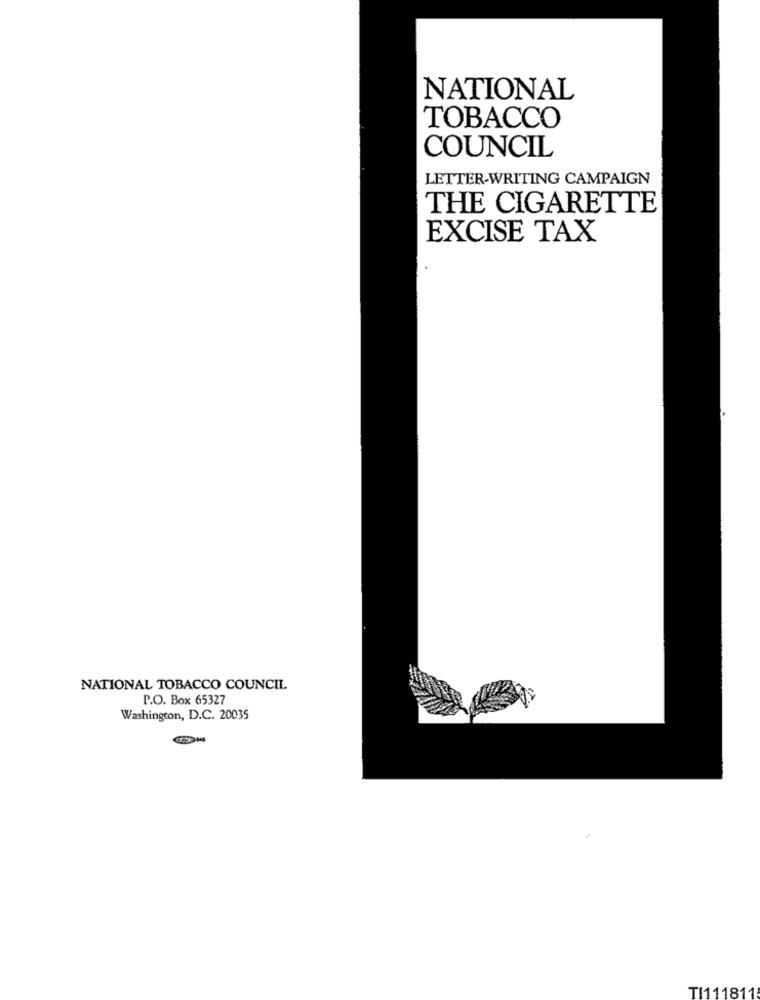
NATIONAL
TOBACCO
COUNCIL
LETTER-WRITING CAMPAIGN
THE CIGARETTE
EXCISE TAX
NATIONAL TOBACCO COUNCIL
P.O. Box 65327
Washington, D.C. 20035
TI111811: